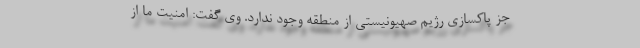
جز پاکسازی رژیم صهیونیستی از منطقه وجود ندارد. وی گفت: امنیت ما از